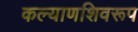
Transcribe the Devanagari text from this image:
कल्याणशिवरूप